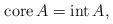
LaTeX: \begin{align*}\operatorname*{core}A=\operatorname*{int}A,\end{align*}